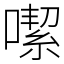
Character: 噄